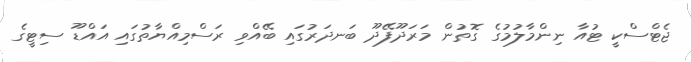
ޖެޓްސްކީ ޓުއާ ނިންމާލުމުގެ ގޮތުން މަރަދޫފޭދޫ ބަނދަރުގައި ބޭއްވި ރަސްމިއްޔާތުގައި އައްޑޫ ސިޓީގެ